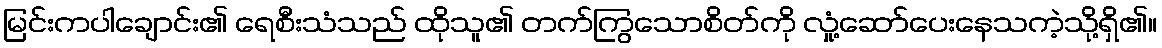
မြင်းကပါချောင်း၏ ရေစီးသံသည် ထိုသူ၏ တက်ကြွသောစိတ်ကို လှုံ့ဆော်ပေးနေသကဲ့သို့ရှိ၏။